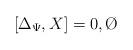
LaTeX: \begin{align*}[ \Delta_{\Psi} , X ] = 0, \O \end{align*}